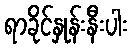
ရာခိုင်နှုန်းနီးပါး